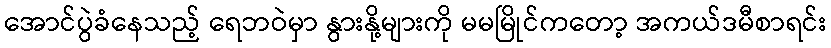
အောင်ပွဲခံနေသည့် ရေဘဝဲမှာ နွားနို့များကို မမမြိုင်ကတော့ အကယ်ဒမီစာရင်း